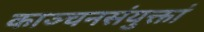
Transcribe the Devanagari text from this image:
काञ्चनसंयुक्तां